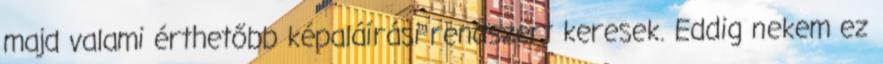
majd valami érthetőbb képaláírási rendszert keresek. Eddig nekem ez